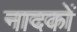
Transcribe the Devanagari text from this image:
नादकों